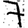
Digit: 7